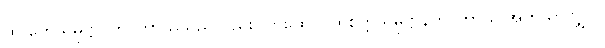
ထို တေသမုဋ္ဌာနိက-ကာယသည်လည်း။ တထေဝ၊ ထိုစိတ္တသမုဋ္ဌာနိက-ကာယ အတူသာလျှင်။